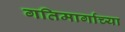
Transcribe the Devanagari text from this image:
गतिमार्गाच्या